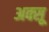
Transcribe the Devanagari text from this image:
अक्सू